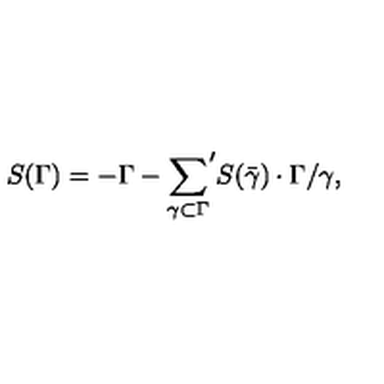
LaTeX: S ( \Gamma ) = - \Gamma - { \sum _ { \gamma \subset \Gamma } } ^ { \prime } S ( \bar { \gamma } ) \cdot \Gamma / \gamma ,